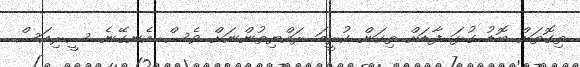
ތިގޮތަށް ބޮޑު ގުޅަ ފާޑަށް ތިކަން ކުރީމަ ރައްޔިތުންނަށް ވެސް އެނގޭނެ ސީރިއަސް